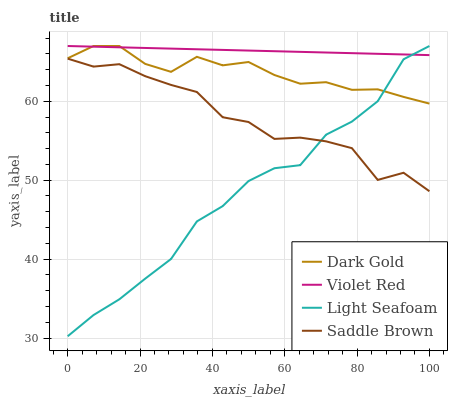
| xaxis_label | Dark Gold | Violet Red | Light Seafoam | Saddle Brown |
 | --- | --- | --- | --- | --- |
 | 0 | 65.4 | 67 | 30.2 | 65.4 |
 | 7.14 | 67 | 66.9 | 32.9 | 64.4 |
 | 14.3 | 67 | 66.8 | 34.9 | 64.7 |
 | 21.4 | 64.7 | 66.8 | 37.5 | 63.2 |
 | 28.6 | 63.7 | 66.7 | 40 | 62.1 |
 | 35.7 | 65.6 | 66.6 | 44.8 | 61.2 |
 | 42.9 | 64.6 | 66.5 | 46.7 | 58 |
 | 50 | 65 | 66.4 | 49.9 | 57.4 |
 | 57.1 | 63.3 | 66.3 | 51.5 | 55.2 |
 | 64.3 | 62.2 | 66.3 | 51.9 | 55.4 |
 | 71.4 | 62.4 | 66.2 | 55.8 | 54.9 |
 | 78.6 | 61.4 | 66.1 | 57.4 | 54.1 |
 | 85.7 | 61.5 | 66 | 60 | 50 |
 | 92.9 | 60.6 | 65.9 | 65.3 | 50.9 |
 | 100 | 59.7 | 65.8 | 67 | 48.6 |